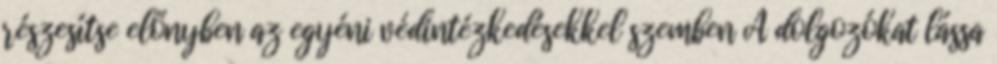
részesítse előnyben az egyéni védintézkedésekkel szemben A dolgozókat lássa